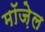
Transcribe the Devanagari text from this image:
मॉज़ेल